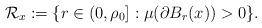
LaTeX: \begin{align*}\mathcal{R}_x:=\{r\in (0,\rho_0]: \mu(\partial B_r(x))>0\}.\end{align*}